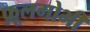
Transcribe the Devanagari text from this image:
फ़ूलगोभी